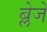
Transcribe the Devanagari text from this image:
ब्लेजे